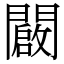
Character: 闙